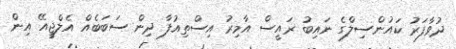
ދުވާފަރު ކައުންސިލްގެ ނައިބު ރައީސް އާމިރު އިސްތިއުފާ ދިން ސަބަބެއް އެލްޖީއޭ އިން